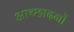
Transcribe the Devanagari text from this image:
आच्छादनों